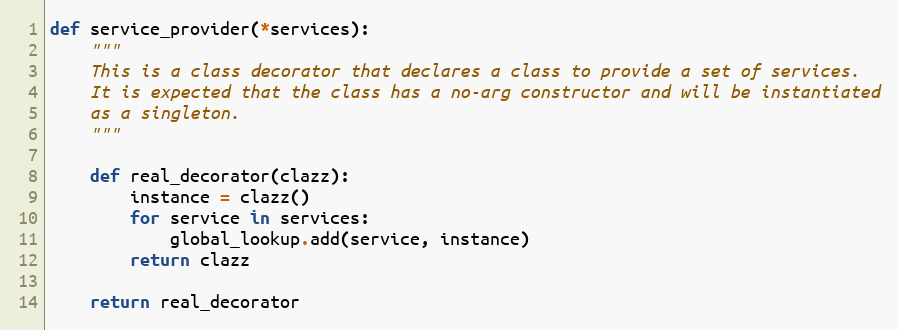
Language: Python
def service_provider(*services):
    """
    This is a class decorator that declares a class to provide a set of services.
    It is expected that the class has a no-arg constructor and will be instantiated
    as a singleton.
    """

    def real_decorator(clazz):
        instance = clazz()
        for service in services:
            global_lookup.add(service, instance)
        return clazz

    return real_decorator